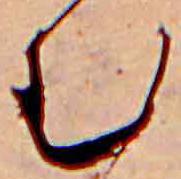
む